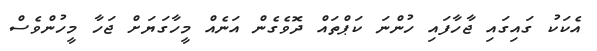
އެކަކު ގައިގައި ޖާހާފައި ހުންނަ ކަޕްތައް ދޮވެގެން އަނެއް މީހާގަޔަށް ޖަހާ މީހުންވެސް